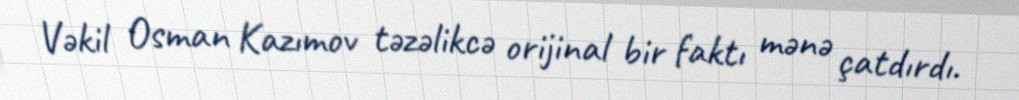
Vəkil Osman Kazımov təzəlikcə orijinal bir faktı mənə çatdırdı.